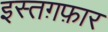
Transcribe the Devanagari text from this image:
इस्तग़फ़ार